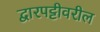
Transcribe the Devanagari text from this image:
द्वारपट्टीवरील